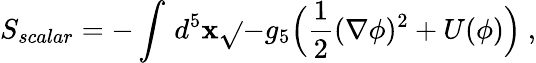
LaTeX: S_{scalar}=-\int\, d^{5}\mathbf{x}\sqrt{}{{-g_{5}}}\Big(\frac{{1}}{{2}}(\nabla\phi)^{2}+U(\phi)\Big)\ ,